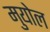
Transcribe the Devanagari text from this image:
मुयोल